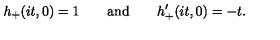
h _ { + } ( i t , 0 ) = 1 \qquad \mathrm { a n d } \qquad h _ { + } ^ { \prime } ( i t , 0 ) = - t .